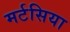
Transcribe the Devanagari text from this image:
मर्टसिया